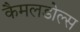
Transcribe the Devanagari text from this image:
कैमलडोल्स